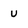
Character: U